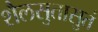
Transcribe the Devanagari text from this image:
शैलसुतासुतं